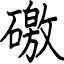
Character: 礉